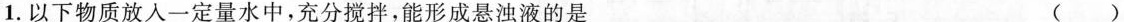
1.以下物质放入一定量水中，充分搅拌，能形成悬浊液的是 ( )